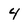
Character: 4